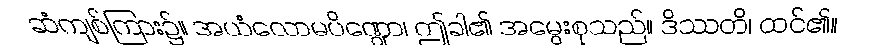
ဆံကျစ်ကြား၌။ အယံလောမပိဏ္ဍော၊ ဤခါ၏ အမွေးစုသည်။ ဒိဿတိ၊ ထင်၏။